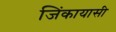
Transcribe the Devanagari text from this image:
जिंकायासी